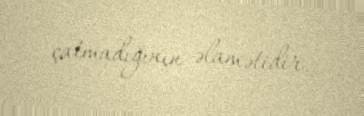
çatmadığının əlamətidir.